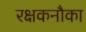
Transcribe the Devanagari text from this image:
रक्षकनौका